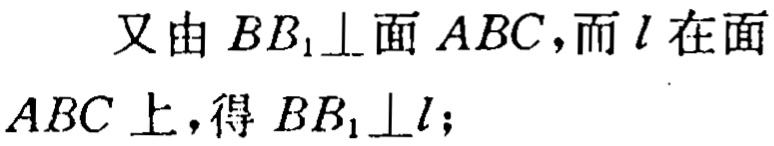
又由 \(BB_1\perp\) 面 \(ABC\)，而 \(l\) 在面 \(ABC\) 上，得 \(BB_1\perp l\);